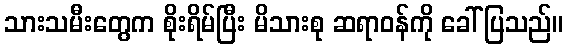
သားသမီးတွေက စိုးရိမ်ပြီး မိသားစု ဆရာဝန်ကို ခေါ်ပြသည်။